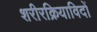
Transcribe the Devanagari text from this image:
शरीरक्रियाविदों